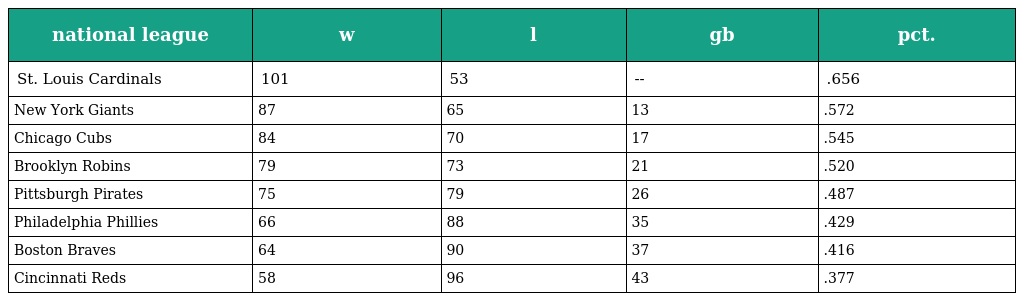
| national league | w | l | gb | pct. |
 | --- | --- | --- | --- | --- |
 | St. Louis Cardinals | 101 | 53 | -- | .656 |
 | New York Giants | 87 | 65 | 13 | .572 |
 | Chicago Cubs | 84 | 70 | 17 | .545 |
 | Brooklyn Robins | 79 | 73 | 21 | .520 |
 | Pittsburgh Pirates | 75 | 79 | 26 | .487 |
 | Philadelphia Phillies | 66 | 88 | 35 | .429 |
 | Boston Braves | 64 | 90 | 37 | .416 |
 | Cincinnati Reds | 58 | 96 | 43 | .377 |